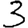
Digit: 3